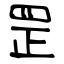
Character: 罡